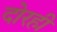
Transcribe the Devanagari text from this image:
दोरही